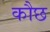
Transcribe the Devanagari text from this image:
कौछ